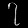
Digit: ၇